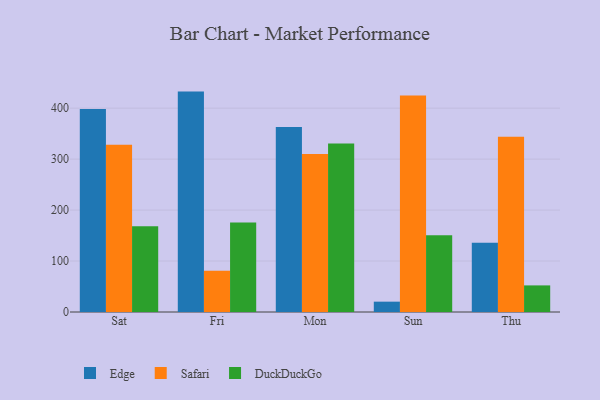
{"axis": {"x": "Day", "y": "Page Views"}, "legend": ["DuckDuckGo", "Edge", "Safari"], "data": [{"x": "Sat", "y": 398.4, "type": "Edge"}, {"x": "Sat", "y": 328.4, "type": "Safari"}, {"x": "Sat", "y": 168.3, "type": "DuckDuckGo"}, {"x": "Fri", "y": 432.5, "type": "Edge"}, {"x": "Fri", "y": 80.9, "type": "Safari"}, {"x": "Fri", "y": 175.6, "type": "DuckDuckGo"}, {"x": "Mon", "y": 362.9, "type": "Edge"}, {"x": "Mon", "y": 310.2, "type": "Safari"}, {"x": "Mon", "y": 330.5, "type": "DuckDuckGo"}, {"x": "Sun", "y": 20.3, "type": "Edge"}, {"x": "Sun", "y": 424.8, "type": "Safari"}, {"x": "Sun", "y": 150.8, "type": "DuckDuckGo"}, {"x": "Thu", "y": 136.0, "type": "Edge"}, {"x": "Thu", "y": 343.7, "type": "Safari"}, {"x": "Thu", "y": 52.2, "type": "DuckDuckGo"}]}